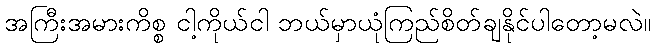
အကြီးအမားကိစ္စ ငါ့ကိုယ်ငါ ဘယ်မှာယုံကြည်စိတ်ချနိုင်ပါတော့မလဲ။